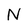
Character: N